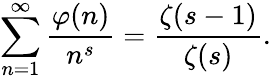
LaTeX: \sum_{n=1}^{\infty}{\frac{\varphi(n)}{n^{s}}}={\frac{\zeta(s-1)}{\zeta(s)}}.